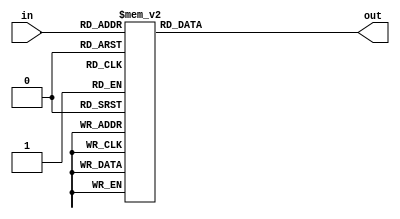
/*
MIT License

Copyright (c) 2020 Debtanu Mukherjee

Permission is hereby granted, free of charge, to any person obtaining a copy
of this software and associated documentation files (the "Software"), to deal
in the Software without restriction, including without limitation the rights
to use, copy, modify, merge, publish, distribute, sublicense, and/or sell
copies of the Software, and to permit persons to whom the Software is
furnished to do so, subject to the following conditions:

The above copyright notice and this permission notice shall be included in all
copies or substantial portions of the Software.

THE SOFTWARE IS PROVIDED "AS IS", WITHOUT WARRANTY OF ANY KIND, EXPRESS OR
IMPLIED, INCLUDING BUT NOT LIMITED TO THE WARRANTIES OF MERCHANTABILITY,
FITNESS FOR A PARTICULAR PURPOSE AND NONINFRINGEMENT. IN NO EVENT SHALL THE
AUTHORS OR COPYRIGHT HOLDERS BE LIABLE FOR ANY CLAIM, DAMAGES OR OTHER
LIABILITY, WHETHER IN AN ACTION OF CONTRACT, TORT OR OTHERWISE, ARISING FROM,
OUT OF OR IN CONNECTION WITH THE SOFTWARE OR THE USE OR OTHER DEALINGS IN THE
SOFTWARE.
*/


module s4box(in, out);
input [1:6] in;
output reg [1:4] out;

//S4 BOX DEFINITIONS

/*
                             S4

      7 13  14  3   0  6   9 10   1  2   8  5  11 12   4 15
     13  8  11  5   6 15   0  3   4  7   2 12   1 10  14  9
     10  6   9  0  12 11   7 13  15  1   3 14   5  2   8  4
      3 15   0  6  10  1  13  8   9  4   5 11  12  7   2 14
*/

always @(in) begin
	case(in)
		6'b000000: out <= 4'd7;
		6'b000001: out <= 4'd13;
		6'b000010: out <= 4'd13;
		6'b000011: out <= 4'd8;
		6'b000100: out <= 4'd14;
		6'b000101: out <= 4'd11;
		6'b000110: out <= 4'd3;
		6'b000111: out <= 4'd5;
		6'b001000: out <= 4'd0;
		6'b001001: out <= 4'd6;
		6'b001010: out <= 4'd6;
		6'b001011: out <= 4'd15;
		6'b001100: out <= 4'd9;
		6'b001101: out <= 4'd0;
		6'b001110: out <= 4'd10;
		6'b001111: out <= 4'd3;
		6'b010000: out <= 4'd1;
		6'b010001: out <= 4'd4;
		6'b010010: out <= 4'd2;
		6'b010011: out <= 4'd7;
		6'b010100: out <= 4'd8;
		6'b010101: out <= 4'd2;
		6'b010110: out <= 4'd5;
		6'b010111: out <= 4'd12;
		6'b011000: out <= 4'd11;
		6'b011001: out <= 4'd1;
		6'b011010: out <= 4'd12;
		6'b011011: out <= 4'd10;
		6'b011100: out <= 4'd4;
		6'b011101: out <= 4'd14;
		6'b011110: out <= 4'd15;
		6'b011111: out <= 4'd9;
		6'b100000: out <= 4'd10;
		6'b100001: out <= 4'd3;
		6'b100010: out <= 4'd6;
		6'b100011: out <= 4'd15;
		6'b100100: out <= 4'd9;
		6'b100101: out <= 4'd0;
		6'b100110: out <= 4'd0;
		6'b100111: out <= 4'd6;
		6'b101000: out <= 4'd12;
		6'b101001: out <= 4'd10;
		6'b101010: out <= 4'd11;
		6'b101011: out <= 4'd1;
		6'b101100: out <= 4'd7;
		6'b101101: out <= 4'd13;
		6'b101110: out <= 4'd13;
		6'b101111: out <= 4'd8;
		6'b110000: out <= 4'd15;
		6'b110001: out <= 4'd9;
		6'b110010: out <= 4'd1;
		6'b110011: out <= 4'd4;
		6'b110100: out <= 4'd3;
		6'b110101: out <= 4'd5;
		6'b110110: out <= 4'd14;
		6'b110111: out <= 4'd11;
		6'b111000: out <= 4'd5;
		6'b111001: out <= 4'd12;
		6'b111010: out <= 4'd2;
		6'b111011: out <= 4'd7;
		6'b111100: out <= 4'd8;
		6'b111101: out <= 4'd2;
		6'b111110: out <= 4'd4;
		6'b111111: out <= 4'd14;
	endcase
end


endmodule